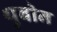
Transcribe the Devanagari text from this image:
थुबोन